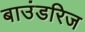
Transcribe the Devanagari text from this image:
बाउंडरिज